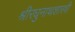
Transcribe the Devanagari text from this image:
श्रीरघुनाथशास्त्री